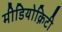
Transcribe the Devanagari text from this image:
मीडियोक्रिटी